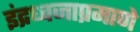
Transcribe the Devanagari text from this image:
इंद्रध्वजाप्रमाणे